Proceedings of the meeting of veterinary officers in India
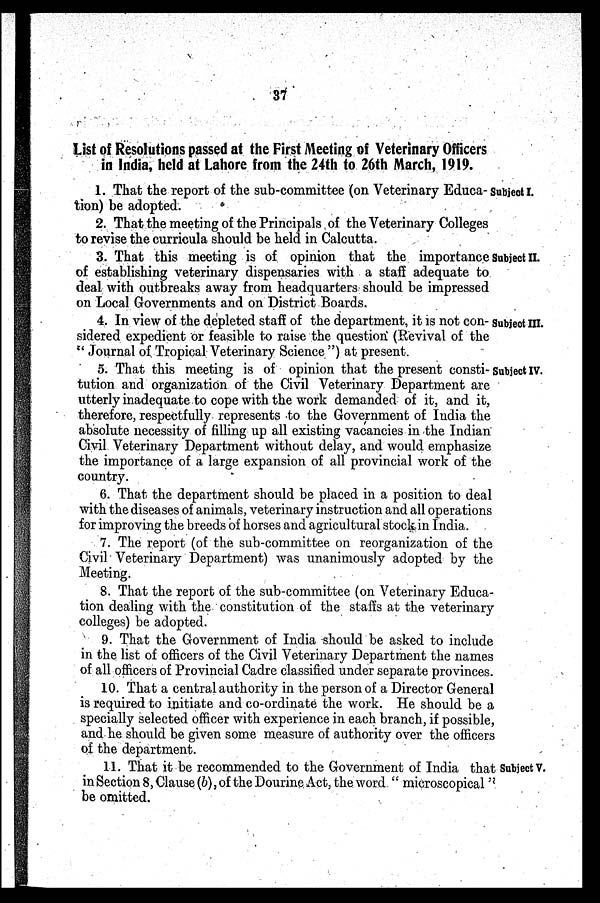
37
List of Resolutions passed at the First Meeting of Veterinary Officers
in India, held at Lahore from the 24th to 26th March, 1919.
Subject I.
1. That the report of the sub-committee (on Veterinary Educa-
tion) be adopted.
2. That the meeting of the Principals of the Veterinary Colleges
to revise the curricula should be held in Calcutta.
Subject II.
3. That this meeting is of opinion that the importance
of establishing veterinary dispensaries with a staff adequate to
deal with outbreaks away from headquarters should be impressed
on Local Governments and on District Boards.
Subject III.
4. In view of the depleted staff of the department, it is not con-
sidered expedient or feasible to raise the question (Revival of the
"Journal of Tropical Veterinary Science") at present.
Subject IV.
5. That this meeting is of opinion that the present consti-
tution and organization of the Civil Veterinary Department are
utterly inadequate to cope with the work demanded of it, and it,
therefore, respectfully represents to the Government of India the
absolute necessity of filling up all existing vacancies in the Indian
Civil Veterinary Department without delay, and would emphasize
the importance of a large expansion of all provincial work of the
country.
6. That the department should be placed in a position to deal
with the diseases of animals, veterinary instruction and all operations
for improving the breeds of horses and agricultural stock in India.
7. The report (of the sub-committee on reorganization of the
Civil Veterinary Department) was unanimously adopted by the
Meeting.
8. That the report of the sub-committee (on Veterinary Educa-
tion dealing with the constitution of the staffs at the veterinary
colleges) be adopted.
9. That the Government of India should be asked to include
in the list of officers of the Civil Veterinary Department the names
of all officers of Provincial Cadre classified under separate provinces.
10. That a central authority in the person of a Director General
is required to initiate and co-ordinate the work. He should be a
specially selected officer with experience in each branch, if possible,
and he should be given some measure of authority over the officers
of the department.
Subject V.
11. That it be recommended to the Government of India that
in Section 8, Clause (b), of the Dourine Act, the word "microscopical"
be omitted.